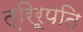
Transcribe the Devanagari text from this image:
त्रिरूपति